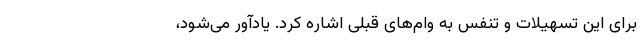
برای این تسهیلات و تنفس به وام‌های قبلی اشاره کرد. یادآور می‌شود،